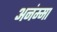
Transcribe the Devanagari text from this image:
अनंम्मा